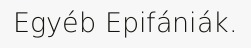
Egyéb Epifániák.